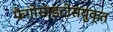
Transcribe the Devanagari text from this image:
फैगोसाइटोसयुक्त